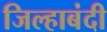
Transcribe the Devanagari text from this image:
जिल्हाबंदी